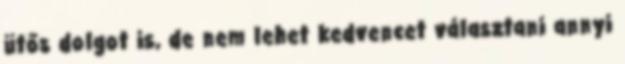
ütős dolgot is, de nem lehet kedvencet választani annyi